Report on vaccination in Madras 1895-1903 - 1895-1903
Year: 1895
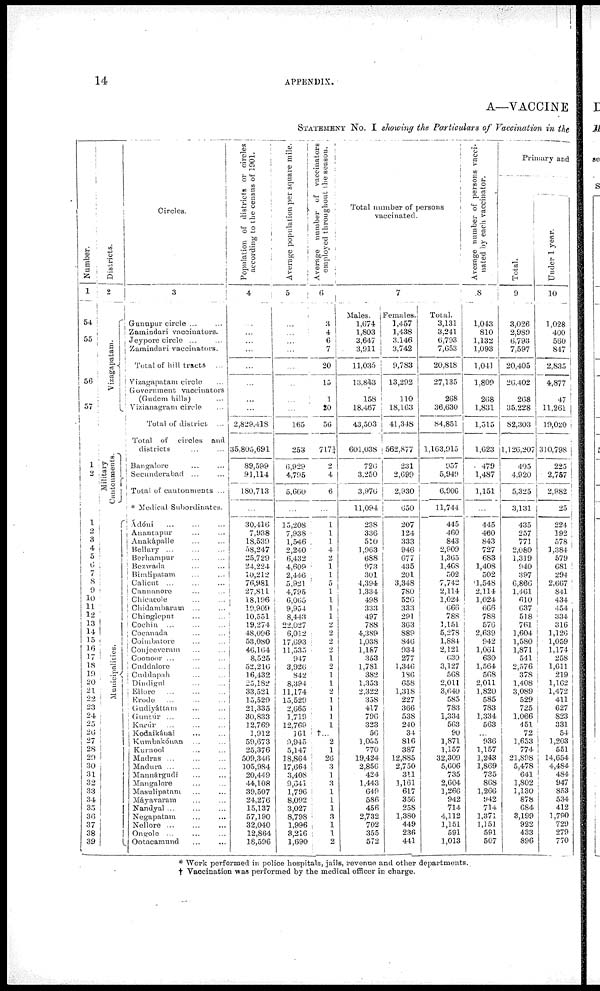
14
APPENDIX.
A—VACCINE
STATEMENT No. I showing the Particulars of Vaccination in the
Number.
1
54
55
56
57
1
2
1
2
3
4
5
6
7
8
9
10
11
12
13
14
15
16
17
18
19
20
21
22
23
24
25
20
27
28
29
30
31
32
33
34
35
36
37
38
39
Districts.
2
Vizagapatam.
Military
Cantonments.
Municipalities.
Circles.
3
Gunupur circle ... ...
Zamindari vaccinators.
Jeypore circle ... ...
Zamindari vaccinators.
Total of hill tracts ...
Vizagapatani circle ...
Government vaccinators
(Gudem hills) ...
Vizianagram circle ...
Total of district ...
Total of circles and
districts ... ...
Bangalore ... ...
Secunderabad ... ...
Total of cantonments ...
* Medical Subordinates.
Ádóni
...
...
...
Anantapur ... ...
Anakápalle ... ...
Bellary...
...
...
Berhampur ... ...
Bezwada ... ...
Bimlipatam ... ...
Calicut ... ... ...
Cannanore ... ...
Chicacole ... ...
Chidambaram ... ...
Chingleput ... ...
Cochin ... ... ...
Cocanada ... ...
Coimbatore ... ...
Conjeeveram ... ...
Coonoor ... ... ...
Cuddalore ... ...
Cuddapah ... ...
Dindigul ... ...
Ellore
...
...
...
Erode ... ... ...
Gudiyáttam ... ...
Guntúr ... ... ...
Karúr ... ... ...
Kodaikánal ... ...
Kumbakónan ... ...
Kurnool ... ...
Madras ... ... ...
Madura ... ...
Mannárgudi
...
...
Mangalore ... ...
Masulipatam ... ...
Máyavaram ... ...
Nandyal ... ...
Negapatam ... ...
Nellore ... ... ...
Ongole ... ... ...
Ootacamund ... ...
Population of districts or circles
according to the census of 1901.
4
...
...
...
...
...
...
...
...
2,829,418
35,805,691
89,599
91,114
180,713
...
30,416
7,938
18,539
58,247
25,729
24,224
10,212
76,981
27,811
18,196
19,909
10,551
19,274
48,096
53,080
46,164
8,525
52,216
16,432
25,182
33,521
15,529
21,335
30,833
12,769
1,912
59,673
25,376
509,346
105,984
20,449
44,108
39,507
24,276
15,137
57,190
32,040
12,864
18,596
Average population per square mile.
5
...
...
...
...
...
...
...
...
165
253
6,929
4,795
5,660
...
15,208
7,938
1,546
2,240
6,432
4,609
2,446
5,921
4,795
6,065
9,954
8,443
22,027
6,012
17,693
11,535
947
3,926
842
8,394
11,174
15,529
2,665
1,719
12,769
161
9,945
5,147
18,864
17,664
3,408
9,641
1,796
8,092
3,027
8,798
1,996
3,216
1,690
Average number of vaccinators
employed throughout the
6
3
4
6
7
20
15
1
20
56
717¼
2
4
6
...
1
1
1
4
2
1
1
5
1
1
1
1
2
2
2
2
1
2
1
1
2
1
1
1
1
†...
2
1
26
3
1
3
1
1
1
3
1
1
2
Total number of persons
vaccinated.
7
Males.
1,674
1,803
3,647
3,911
11,035
13,843
158
18,467
43,503
601,038
726
3,250
3,976
11,094
238
336
510
1,963
688
973
301
4,394
1,334
498
333
497
788
4,389
1,038
1,187
353
1,781
382
1,353
2,322
358
417
796
323
56
1,055
770
19,424
2,856
424
1,443
649
586
456
2,732
702
355
572
Females.
1,457
1,438
3,146
3,742
9,783
13,292
110
18,163
41,348
562,877
231
2,699
2,930
650
207
124
333
946
677
435
201
3,348
780
526
333
291
363
889
846
934
277
1,346
186
658
1,318
227
366
538
240
34
816
387
12,885
2,750
311
1,161
617
356
258
1,380
449
236
441
Total.
3,131
3,241
6,793
7,653
20,818
27,135
268
36,630
84,851
1,163,915
957
5,949
6,906
11,744
445
460
843
2,909
1,365
1,408
502
7,742
2,114
1,024
666
788
1,151
5,278
1,884
2,121
630
3,127
568
2,011
3,640
585
783
1,334
563
90
1,871
1,157
32,309
5,606
735
2,604
1,266
942
714
4,112
1,151
591
1,013
Average number of persons vacci¬
nated by each vaccinator.
8
1,043
810
1,132
1,093
1,043
1,809
268
1,831
1,515
1,623
479
1,487
1,151
...
445
460
843
727
683
1,408
502
1,548
2,114
1,024
666
788
576
2,639
942
1,061
630
1,564
568
2,011
1,820
585
783
1,334
563
...
936
1,157
1,243
1,869
735
868
1,266
942
714
1,371
1,151
591
507
Primary and
Total.
9
3,026
2,989
6,793
7,597
20,405
26,402
268
35,228
82,303
1,126,207
495
4,920
5,325
3,131
435
257
771
2,080
1,319
940
397
6,866
1,461
610
637
518
761
1,604
1,580
1,871
541
2,576
378
1,408
3,089
529
725
1,066
451
72
1,653
774
21,898
5,478
641
1,802
1,130
878
684
3,199
922
433
896
Under 1 year.
10
1,028
400
560
847
2,835
4,877
47
11,261
19,020
310,798
225
2,757
2,982
25
224
192
578
3,384
579
681
294
2,667
841
434
454
334
316
1,126
1,059
1,174
258
1,611
219
1,162
1,472
411
627
823
331
54
1,203
551
14,654
4,484
484
947
853
534
412
1,790
729
279
770
* Work performed in police hospitals, jails, revenue and other departments.
† Vaccination was performed by the medical officer in charge.